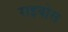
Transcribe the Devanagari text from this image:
राइबोस